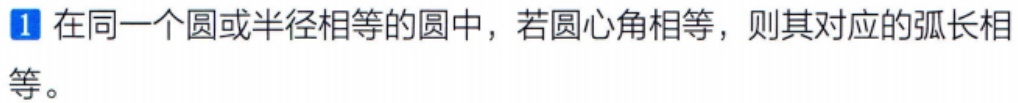
1 在同一个圆或半径相等的圆中，若圆心角相等，则其对应的弧长相等。